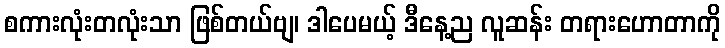
စကားလုံးတလုံးသာ ဖြစ်တယ်ဗျ၊ ဒါပေမယ့် ဒီနေ့ည လူဆန်း တရားဟောတာကို